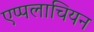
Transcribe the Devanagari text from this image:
एप्पलाचियन